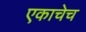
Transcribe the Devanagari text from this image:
एकाचेच